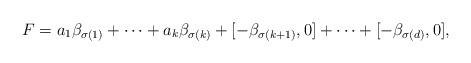
LaTeX: \begin{align*}F = a_1 \beta_{\sigma(1)} + \cdots + a_k \beta_{\sigma(k)} + [-\beta_{\sigma(k+1)},0] + \cdots + [-\beta_{\sigma(d)},0],\end{align*}